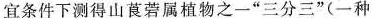
宜条件下测得山莨菪属植物之一”三分三”(一种